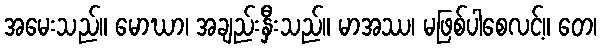
အမေးသည်။ မောဃာ၊ အချည်းနှီးသည်။ မာအဿ၊ မဖြစ်ပါစေလင့်။ တေ၊